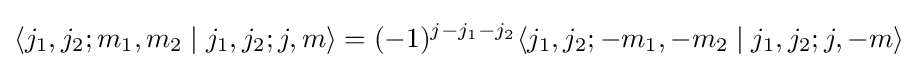
\langle j_{1},j_{2};m_{1},m_{2}\mid j_{1},j_{2};j,m\rangle =(-1)^{j-j_{1}-j_{2}}\langle j_{1},j_{2};-m_{1},-m_{2}\mid j_{1},j_{2};j,-m\rangle